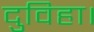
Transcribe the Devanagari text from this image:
दुविहा।